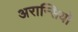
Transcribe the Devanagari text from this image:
अरान्सियो